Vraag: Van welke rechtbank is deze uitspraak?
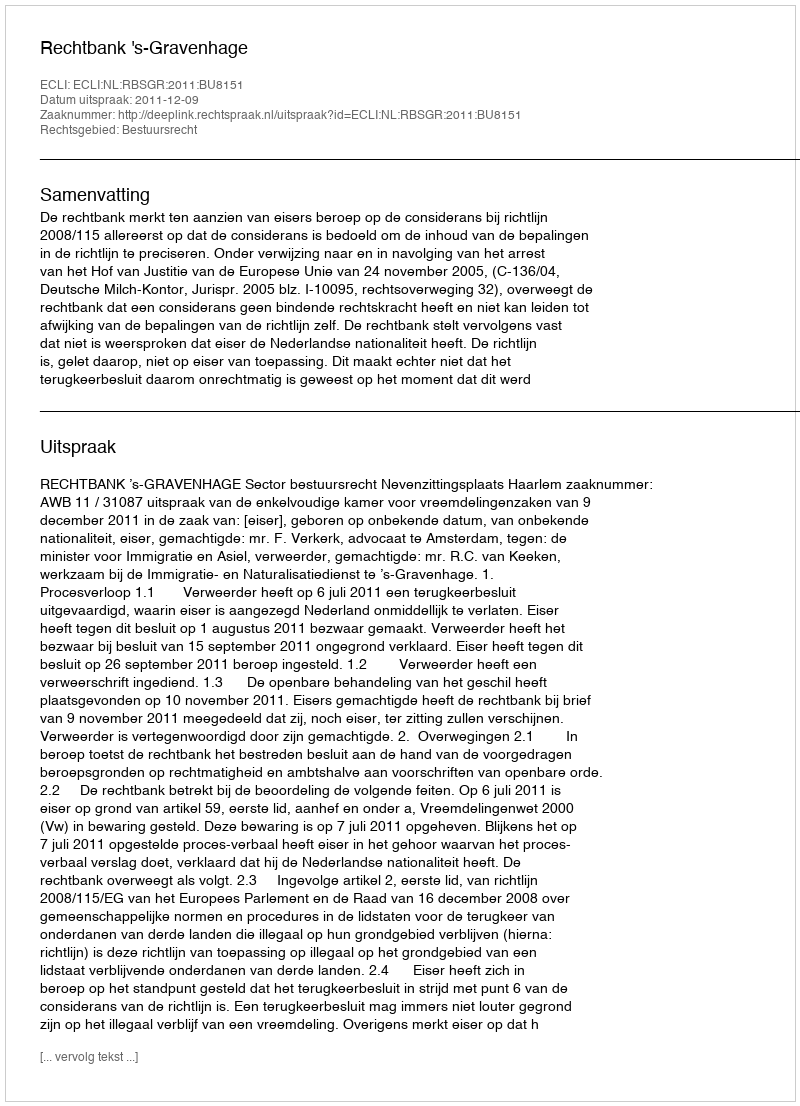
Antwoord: Rechtbank 's-Gravenhage